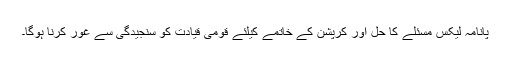
پانامہ لیکس مسئلے کا حل اور کرپشن کے خاتمے کیلئے قومی قیادت کو سنجیدگی سے غور کرنا ہوگا۔